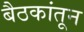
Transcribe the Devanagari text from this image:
बैठकांतून